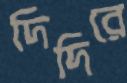
দিদিরে